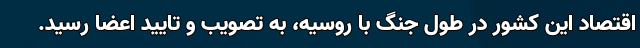
اقتصاد این کشور در طول جنگ با روسیه، به تصویب و تایید اعضا رسید.